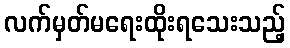
လက်မှတ်မရေးထိုးရသေးသည့်